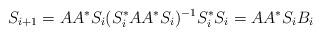
LaTeX: \begin{align*}S_{i+1} = A A^* S_i (S_i^* A A^* S_i)^{-1} S_i^* S_i = A A^* S_i B_i\end{align*}